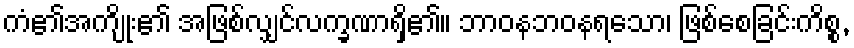
ကံ၏အကျိုး၏ အဖြစ်လျှင်လက္ခဏာရှိ၏။ ဘာဝနဘဝနရသော၊ ဖြစ်စေခြင်းကိစ္စ,